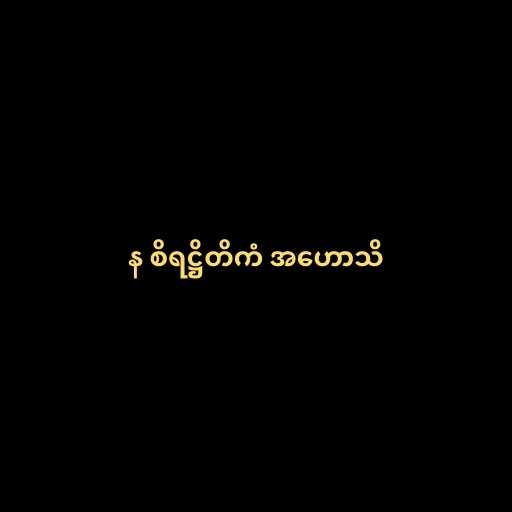
န စိရဋ္ဌိတိကံ အဟောသိ